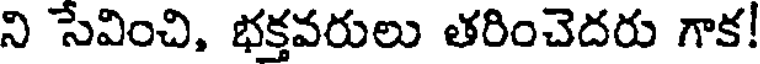
ని సేవించి, భక్తవరులు తరించెదరు గాక!